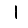
Digit: 1